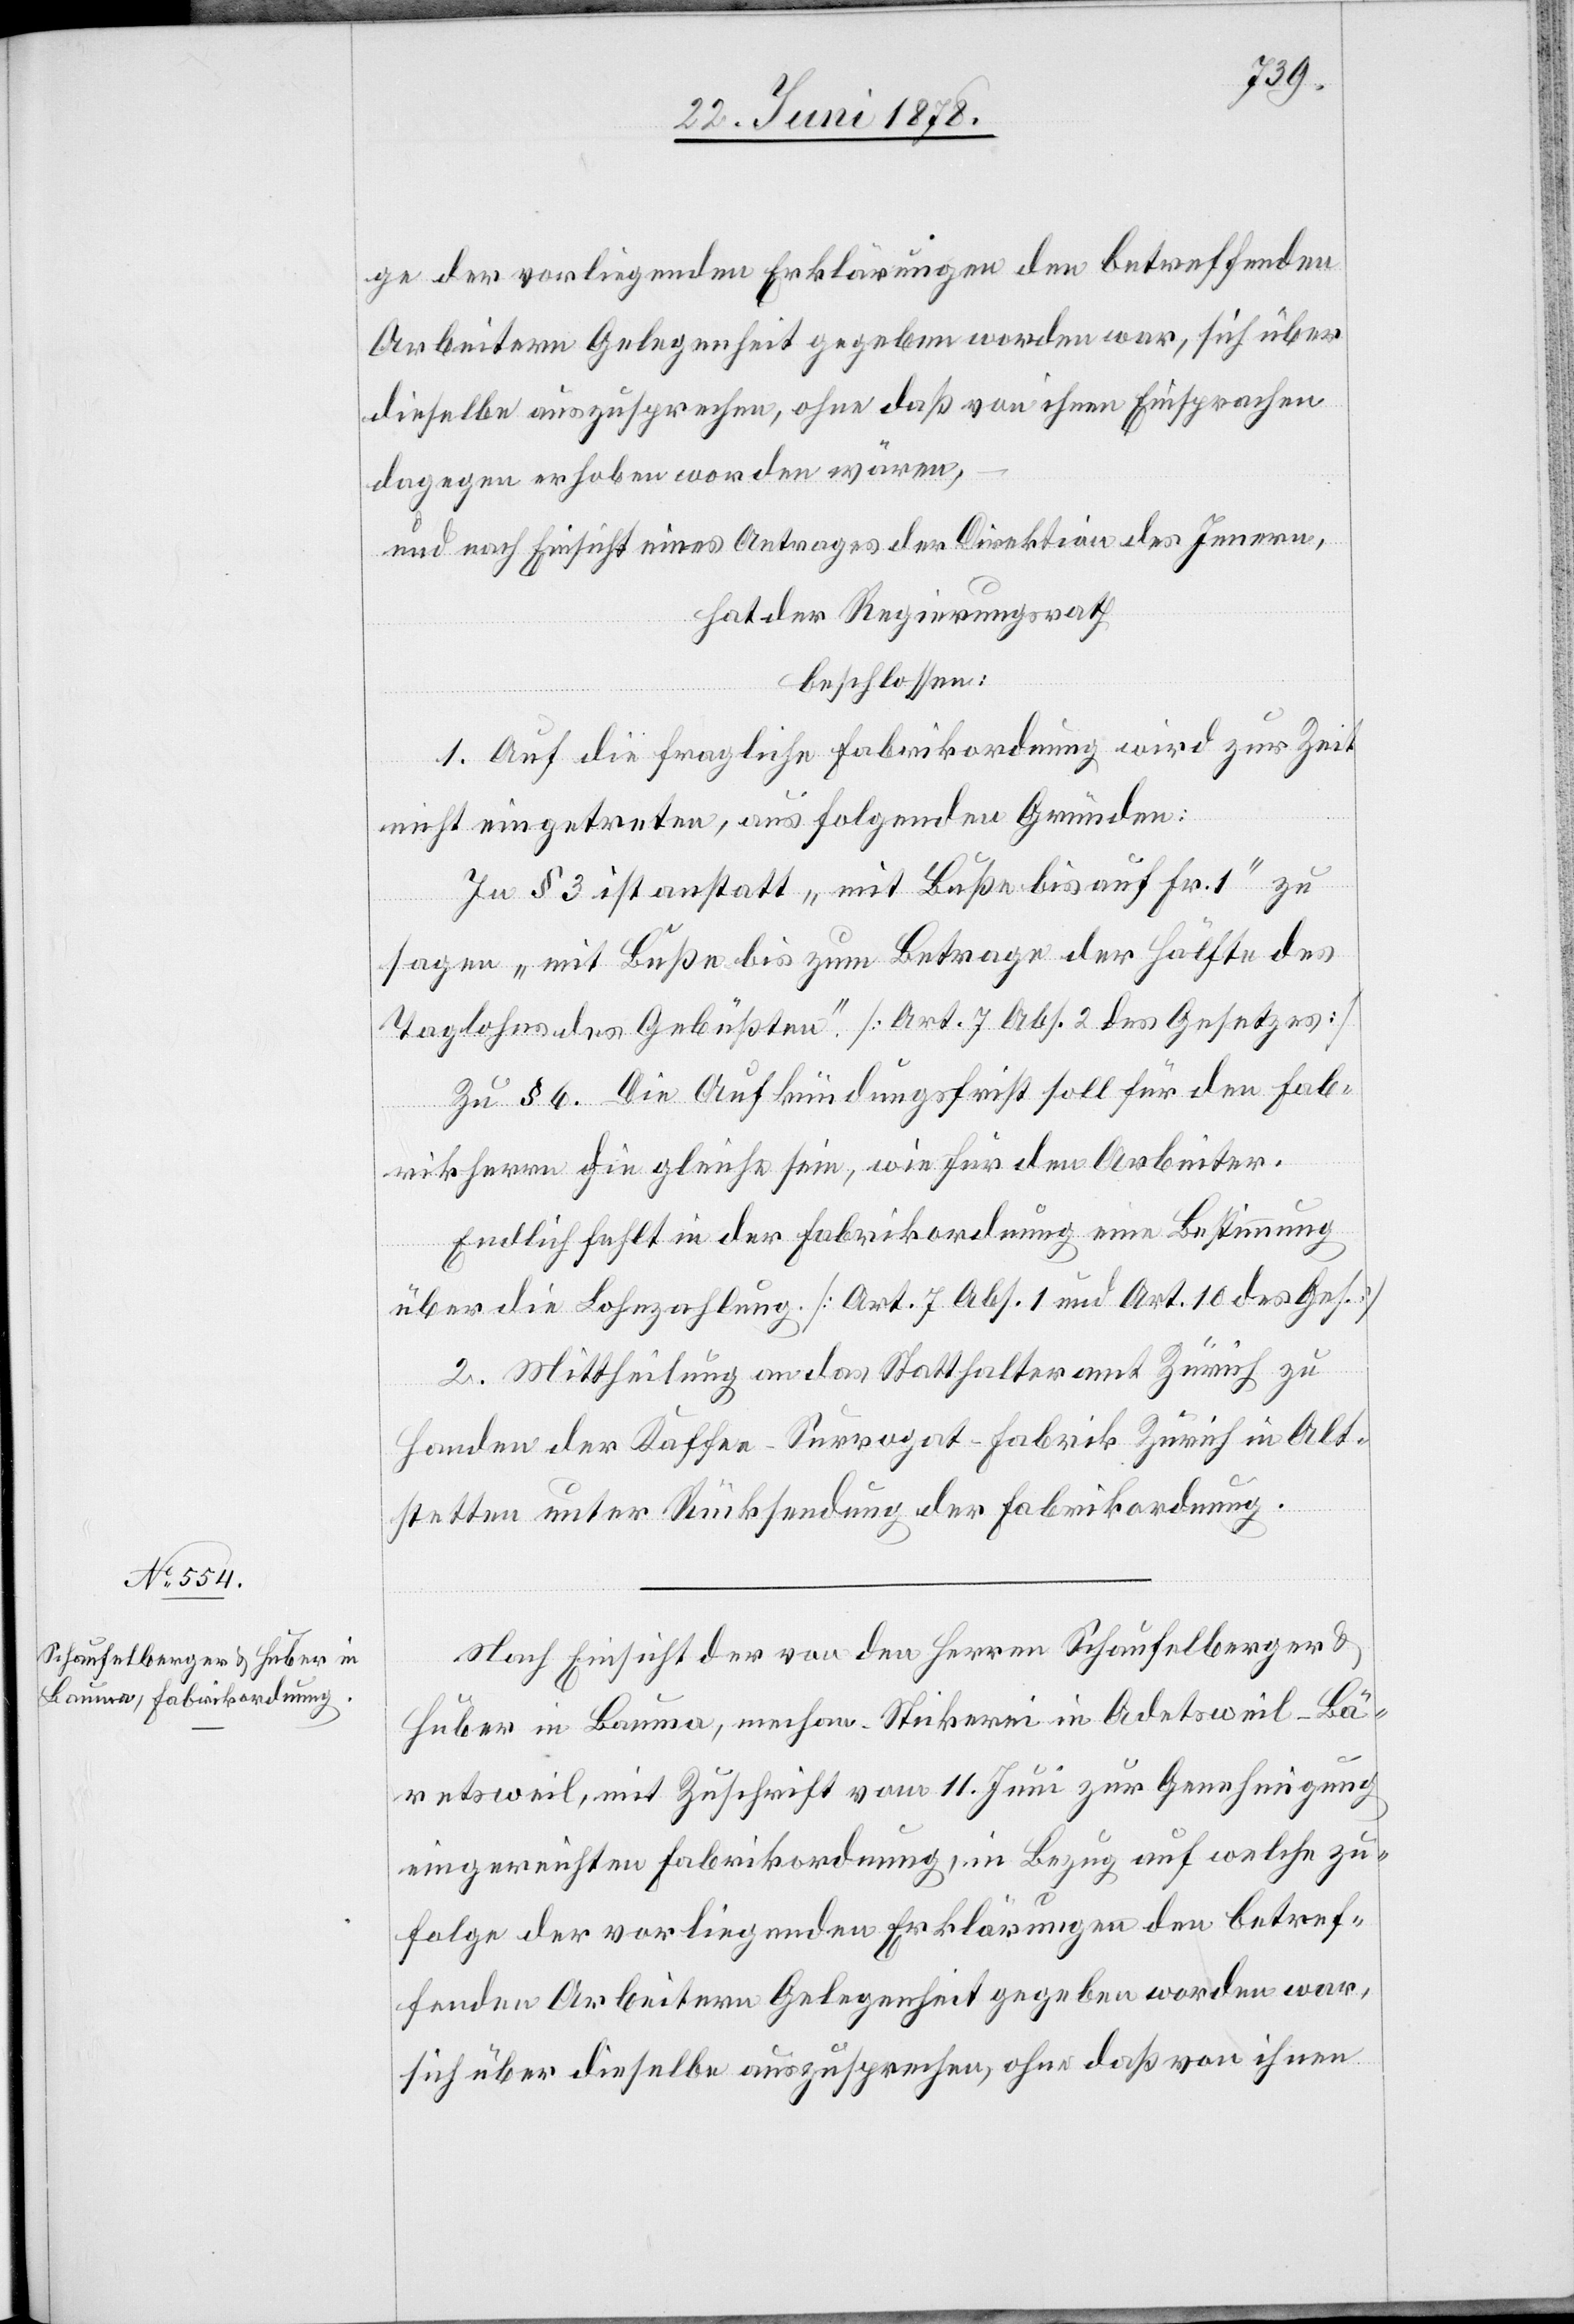
ge der vorliegenden Erklärungen den betreffenden
Arbeitern Gelegenheit gegeben worden war, sich über
dieselbe auszusprechen, ohne daß von ihnen Einsprachen
dagegen erhoben worden wären,
und nach Einsicht eines Antrages der Direktion des Innern,
hat der Regierungsrath
beschlossen:
1. Auf die fragliche Fabrikordnung wird zur Zeit
nicht eingetreten, aus folgenden Gründen:
In § 3 ist anstatt „mit Buße bis auf Fr. 1“ zu
sagen „mit Buße bis zum Betrage der Hälfte des
Taglohns des Gebüßten.“ [Art. 7 Abs. 2 des Gesetzes]
Zu § 6. Die Aufkündungsfrist soll für den Fab¬
rikherrn die gleiche sein, wie für den Arbeiter.
Endlich fehlt in der Fabrikordnung eine Bestimmung
über die Bezahlung [Art. 7 Abs. 1 und Art. 10 des Ges.]
2. Mittheilung an das Statthalteramt Zürich zu
Handen der Kaffee-Surrogat-Fabrik Zürich in Alt¬
stetten unter Rücksendung der Fabrikordnung.
Nach Einsicht der von den Herren Schaufelberger &
Huber in Bauma, mechan. Stickerei in Adetsweil - Bä¬
retsweil, mit Zuschrift vom 11. Juni zur Genehmigung
eingereichten Fabrikordnung, in Bezug auf welche zu¬
folge der vorliegenden Erklärungen den betref¬
fenden Arbeitern Gelegenheit gegeben worden war,
sich über dieselbe auszusprechen, ohne daß von ihnen